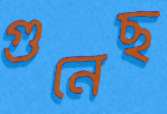
গুনেছ